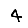
Digit: 4